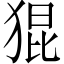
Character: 猑